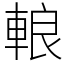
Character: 䡙